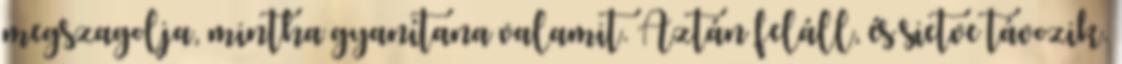
megszagolja, mintha gyanítana valamit. Aztán feláll, és sietve távozik.